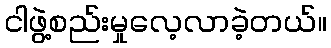
ငါဖွဲ့စည်းမှုလေ့လာခဲ့တယ်။